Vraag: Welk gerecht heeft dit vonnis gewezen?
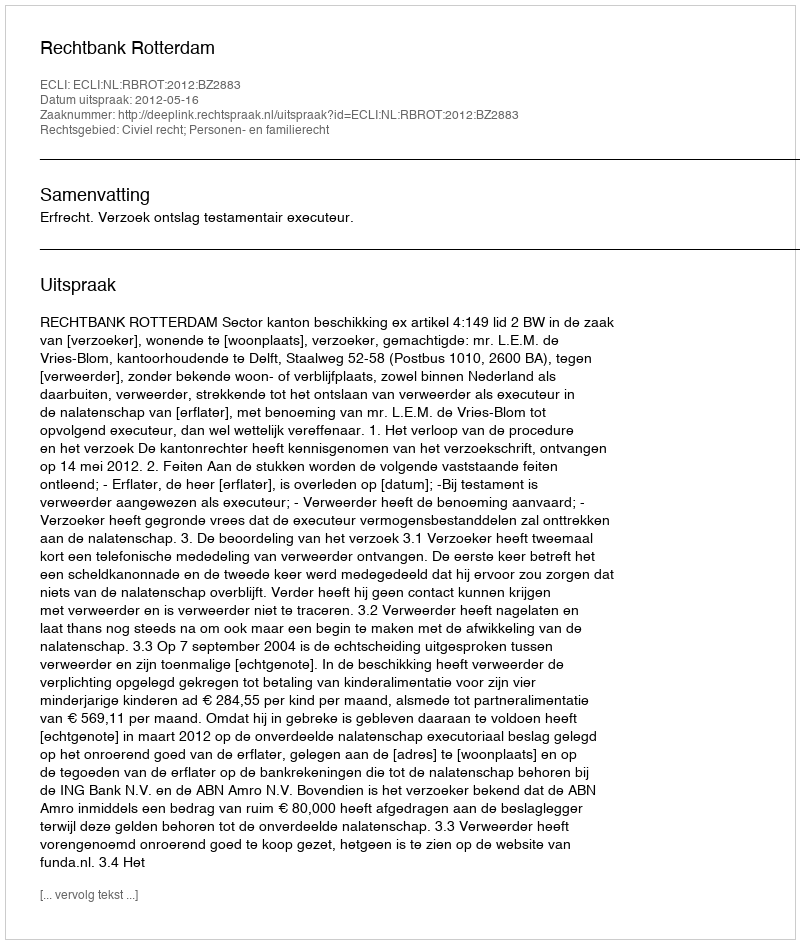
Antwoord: Rechtbank Rotterdam